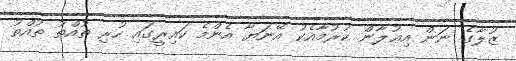
ޒުލާގެ ނަން އިޢުލާން ކުރުމާއެކު އޭނަޔާ އެންމެ ކައިރީގައި ހުރި ތުއްތު ތުއްތު